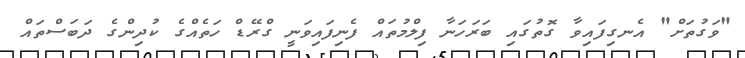
"ވަގުތަށް" އެނގިފައިވާ ގޮތުގައި ބަރަހަނާ ފިލްމުތައް ފެނިފައިވަނީ ގްރޭޑް ހަތެއްގެ ކުދިންގެ ދަބަސްތައް